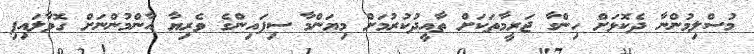
މުސްލިމުންނާ ދެކޮޅަށް ހިންގާ ޖަރީމާތަކަށް ތާއީދުކުރުމަށް މިޔަންމާ ސިފައިންގެ ވެރިޔާ އާންމުންނަށް ގޮވާލައިފި